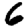
Digit: 6